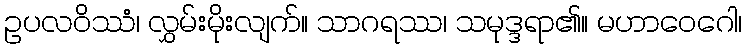
ဥပလဝိဿံ၊ လွှမ်းမိုးလျက်။ သာဂရဿ၊ သမုဒ္ဒရာ၏။ မဟာဝေဂေါ၊